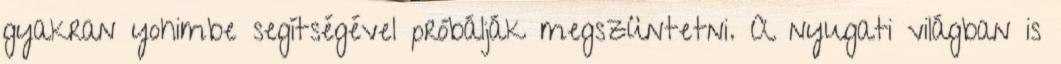
gyakran yohimbe segítségével próbálják megszüntetni. A nyugati világban is